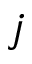
j